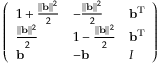
{ \left( \begin{array} { l l l } { 1 + { \frac { \| \mathbf { b } \| ^ { 2 } } { 2 } } } & { - { \frac { \| \mathbf { b } \| ^ { 2 } } { 2 } } } & { \mathbf { b } ^ { \operatorname { T } } } \\ { { \frac { \| \mathbf { b } \| ^ { 2 } } { 2 } } } & { 1 - { \frac { \| \mathbf { b } \| ^ { 2 } } { 2 } } } & { \mathbf { b } ^ { \operatorname { T } } } \\ { \mathbf { b } } & { - \mathbf { b } } & { I } \end{array} \right) }